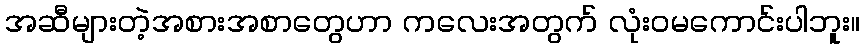
အဆီများတဲ့အစားအစာတွေဟာ ကလေးအတွက် လုံးဝမကောင်းပါဘူး။